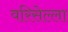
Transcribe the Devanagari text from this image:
वरिसेल्ला